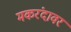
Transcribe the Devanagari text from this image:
मकरंदावर